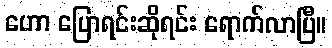
ဟော ပြောရင်းဆိုရင်း ရောက်လာပြီ။